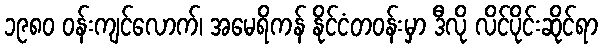
၁၉၈၀ ဝန်းကျင်လောက်၊ အမေရိကန် နိုင်ငံတဝန်းမှာ ဒီလို လိင်ပိုင်းဆိုင်ရာ